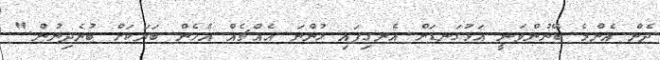
ދެން އެންމެ ބޭނުންވަނީ އަޅުގަނޑަށް އެނގިފައި ހުންނަ އެއްޗެއް އެހެން ބަޔަކަށް ބުނެދިނުން."